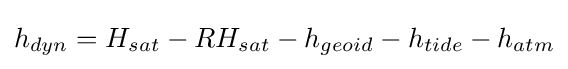
h_{dyn}=H_{sat}-RH_{sat}-h_{geoid}-h_{tide}-h_{atm}